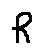
R